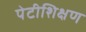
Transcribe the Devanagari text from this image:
पेटीशिक्षण